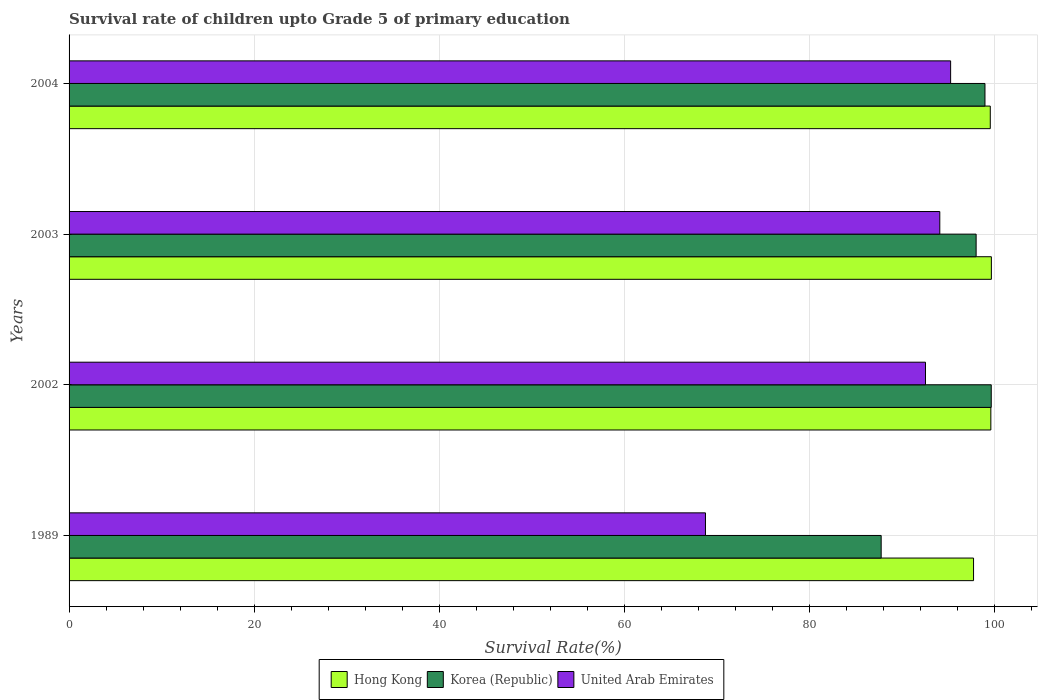
| Years | Hong Kong | Korea (Republic) | United Arab Emirates |
 | --- | --- | --- | --- |
 | 1989 | 97.7 | 87.7 | 68.7 |
 | 2002 | 99.6 | 99.6 | 92.5 |
 | 2003 | 99.6 | 98 | 94.1 |
 | 2004 | 99.5 | 98.9 | 95.2 |